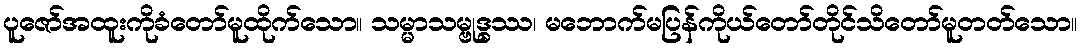
ပူဇော်အထူးကိုခံတော်မူထိုက်သော။ သမ္မာသမ္ဗုဒ္ဓဿ၊ မဘောက်မပြန်ကိုယ်တော်တိုင်သိတော်မူတတ်သော။